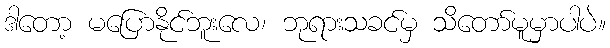
ဒါတော့ မပြောနိုင်ဘူးလေ၊ ဘုရားသခင်မှ သိတော်မူမှာပါပဲ။